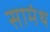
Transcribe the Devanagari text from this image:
सामंथ